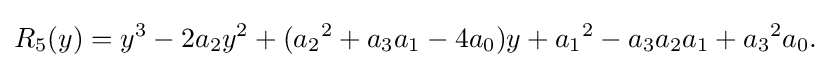
R_{5}(y)=y^{3}-2a_{2}y^{2}+({a_{2}}^{2}+a_{3}a_{1}-4a_{0})y+{a_{1}}^{2}-a_{3}a_{2}a_{1}+{a_{3}}^{2}a_{0}{\text{.}}